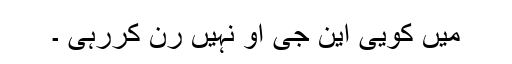
میں کویی این جی او نہیں رن کررہی ۔